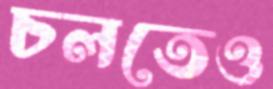
চলতেও